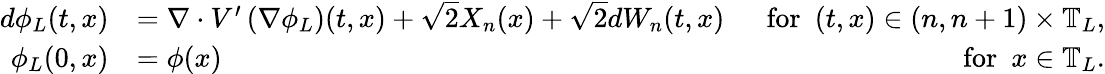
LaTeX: \begin{array}{rlr}{d\phi_{L}(t,x)}&{=\nabla\cdot V^{\prime}\left(\nabla\phi_{L}\right)(t,x)+\sqrt{2}X_{n}(x)+\sqrt{2}dW_{n}(t,x)}&{~~\mathrm{for}~~(t,x)\in(n,n+1)\times\mathbb{T}_{L},}\\ {\phi_{L}(0,x)}&{=\phi(x)}&{\mathrm{for}~~x\in\mathbb{T}_{L}.}\end{array}